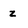
Character: z